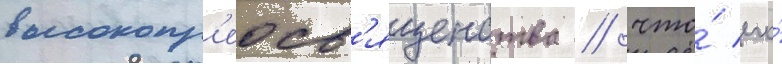
высокопр'еосв'ященства / что́ его́